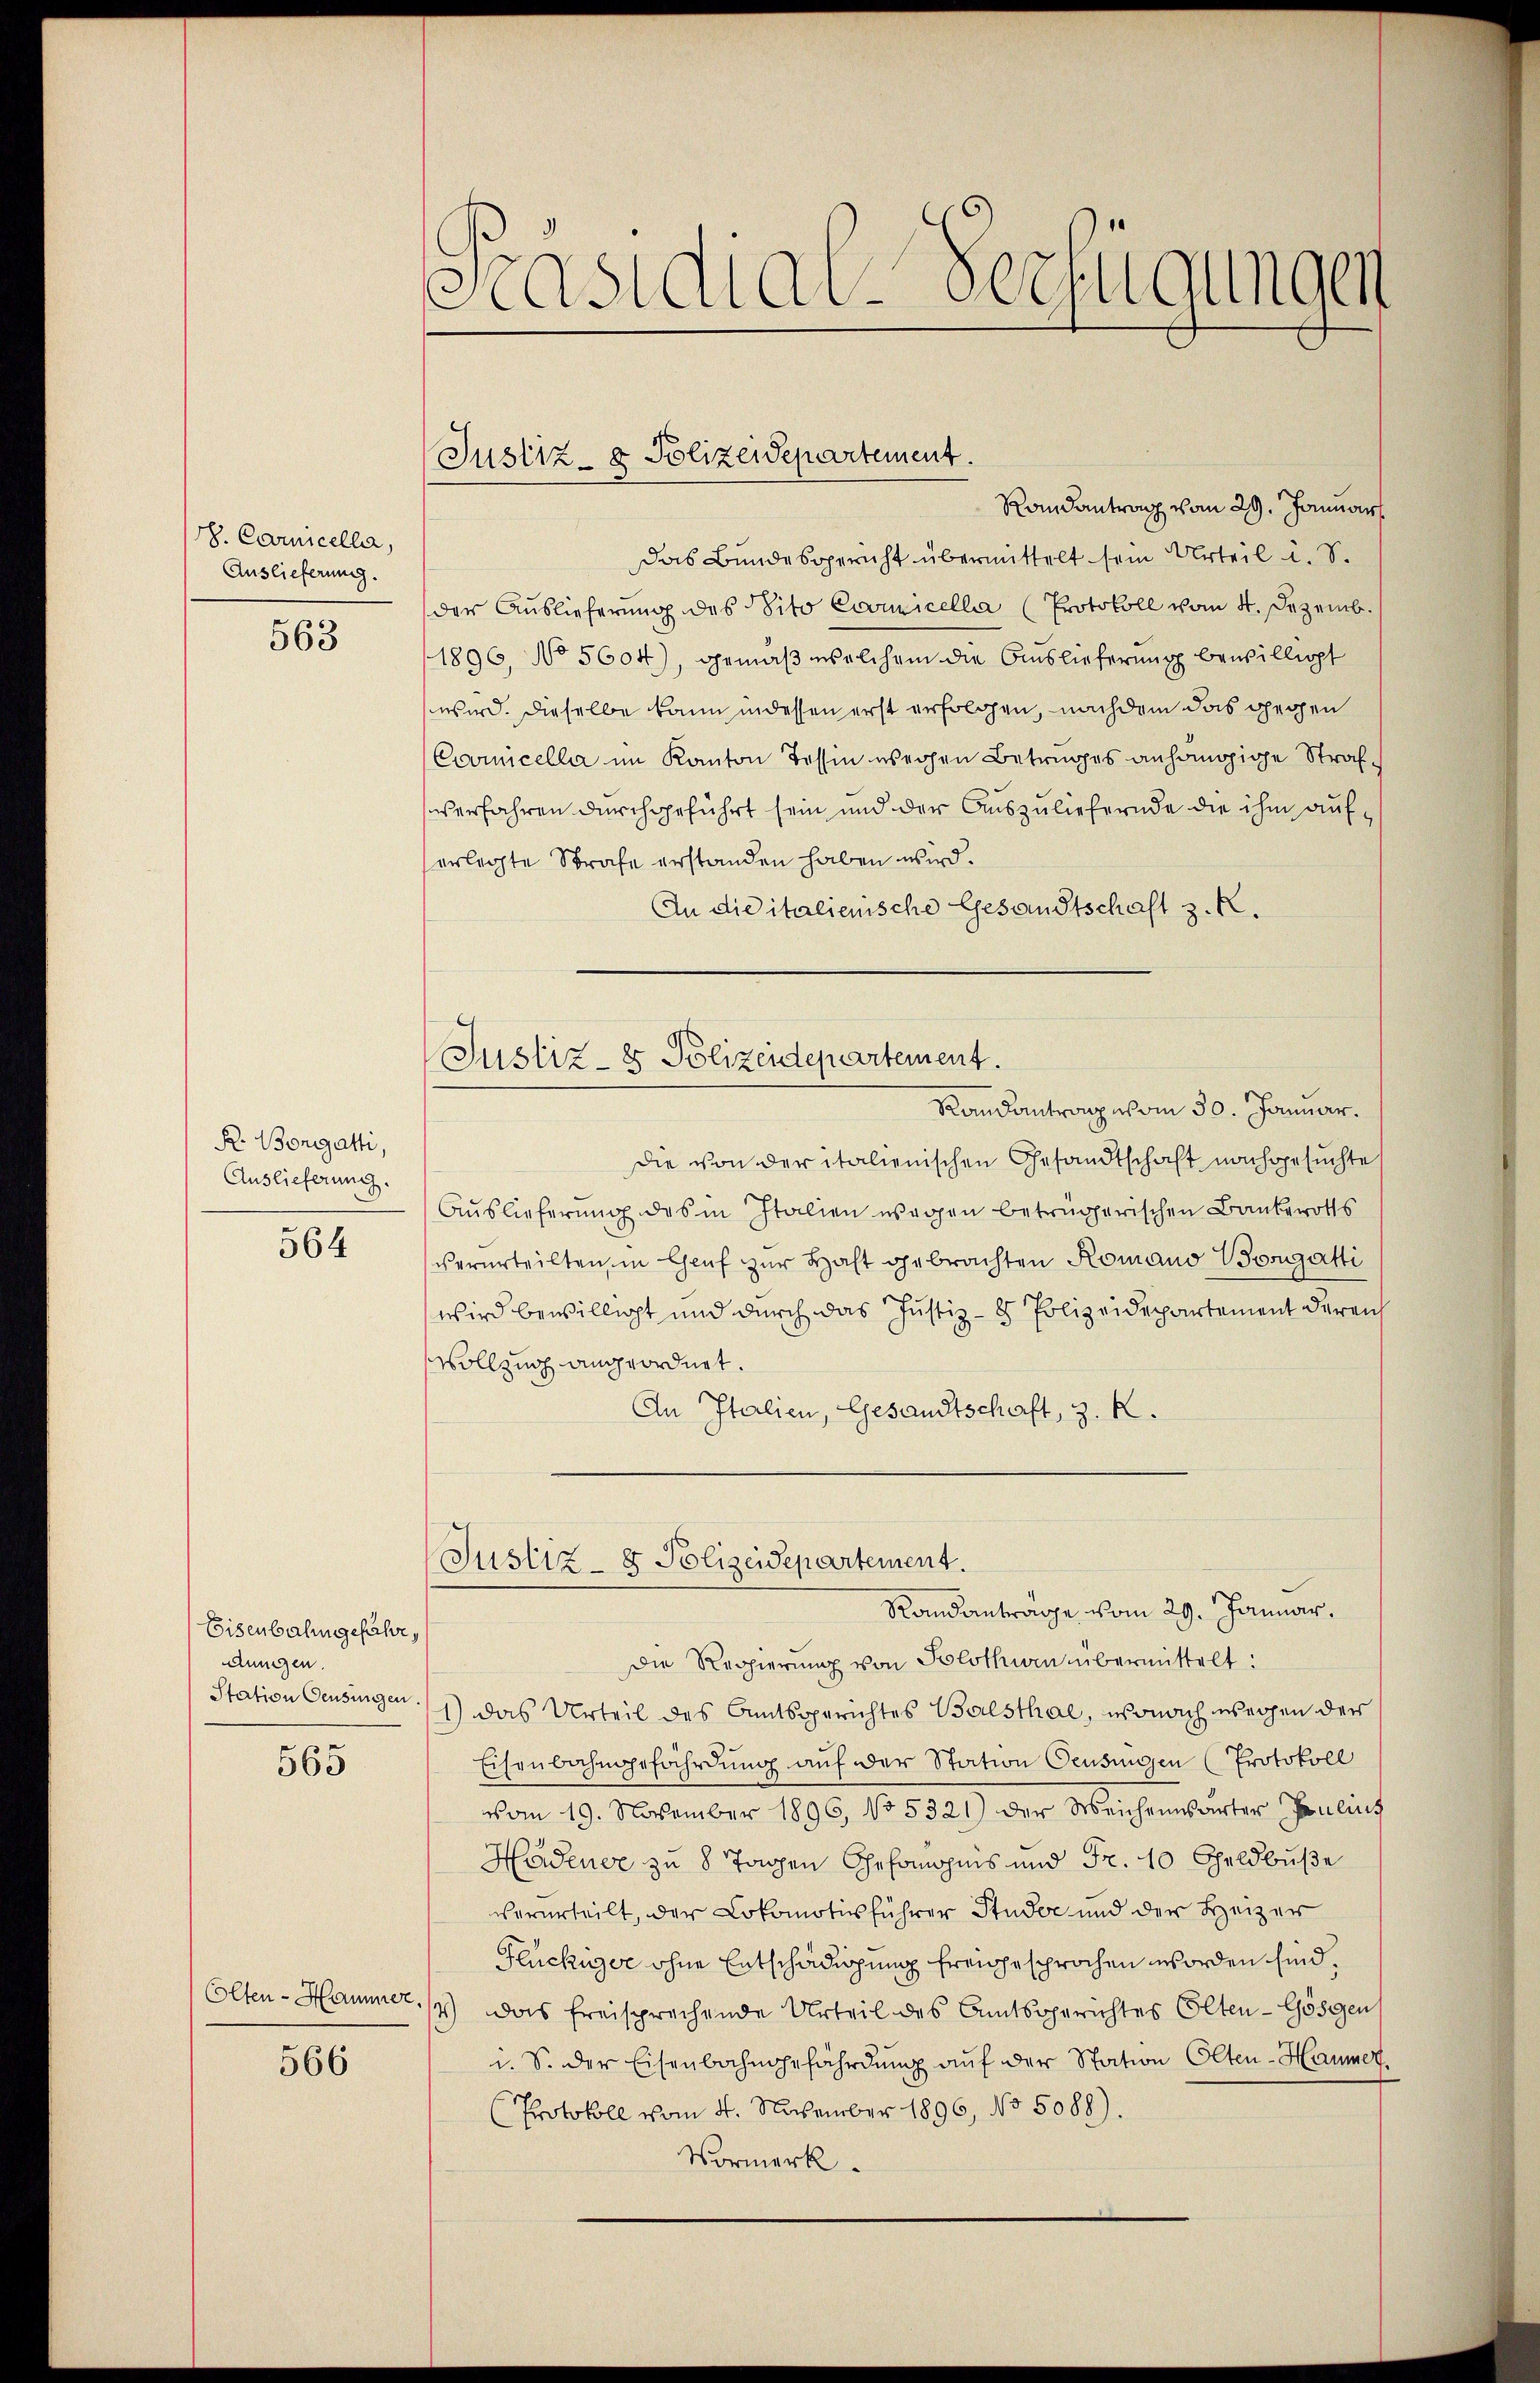
M. Carnicella,
Auslieferung.

563

R. Borgatti,
Auslieferung.
564

Eisenbahngefähr,
dungen.
Station Censungen

565

Colten - Hammer,

566

Asidial-Verfügungen

Justiz- & Polizeidepartement.

Randantrag vom 29. Januar
Das Bundesgericht übermittelt sein Urteil u. S.
der Auslieferung des Sito Coomicella (Protokoll vom 4. Dezemb.
1896, No 5604), gemäß welchem die Auslieferung bewilligt
wird. Dieselbe kann indessen erst erfolgen, nachdem das gegen
Coomicella im Kanton Tessin wegen Betruges anhängige Strafverfahren durchgeführt sein und der Auszuliefernde die ihm auferlegte Strafe erstanden haben wird.
An die italienische Gesandtschaft z. B.
die von der italienischen Gesandtschaft nachgesuchte
Auslieferung des in Italien wegen betrügerischen Bankeroths
verurteilten, in Genf zur Haft gebrachten Romano Vorgatti
wird bewilligt und durch das Justiz- & Polizeidepartement dereich
vollzug angeordnet.
An Italien, Gesandtschaft, 3. K.
Justiz- & Polizeidepartement.
Randanträge vom 29. Januar.
Die Regierŭng von Solothurn übermittelt:
1) das Urteil des Amtsgerichtes Balsthal, wonach wegen der
Eisenbahngefährdung auf der Station Oeusingen (Protokoll
vom 19. November 1896, No 5321) der Weichensarter Paulins
Hedener zu 8 Tagen Gefangins und Fr. 10 Geldbuße
verurteilt, der Lokomotivführer Studer und der Heizer
Flüchiger ohne Entschädigung freigesprochen worden sind,
das freisprechende Urteil des Amtsgerichtes Elten-Gösgen
2.)
i. S. der Eisenbahngefährdung aŭf der Station Olten-Haumer.
(Protokoll vom 4. November 1896, No 5088).
Vormerk

Justiz- & Polizeidepartement.
Randantrag vom 30. Januar.